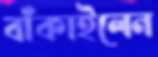
বাঁকাইলেন